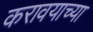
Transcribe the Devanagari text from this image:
करावयाच्‍या